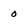
Character: 0